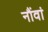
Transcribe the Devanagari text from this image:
नौंवां